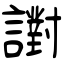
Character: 譵